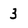
Character: 3